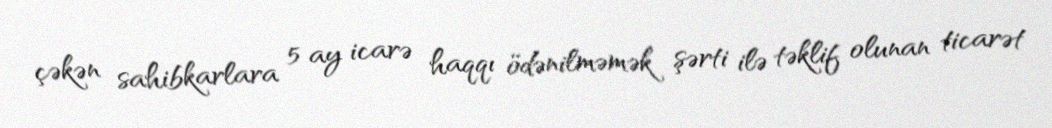
çəkən sahibkarlara 5 ay icarə haqqı ödənilməmək şərti ilə təklif olunan ticarət